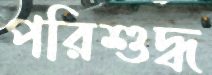
পরিশুদ্ধ